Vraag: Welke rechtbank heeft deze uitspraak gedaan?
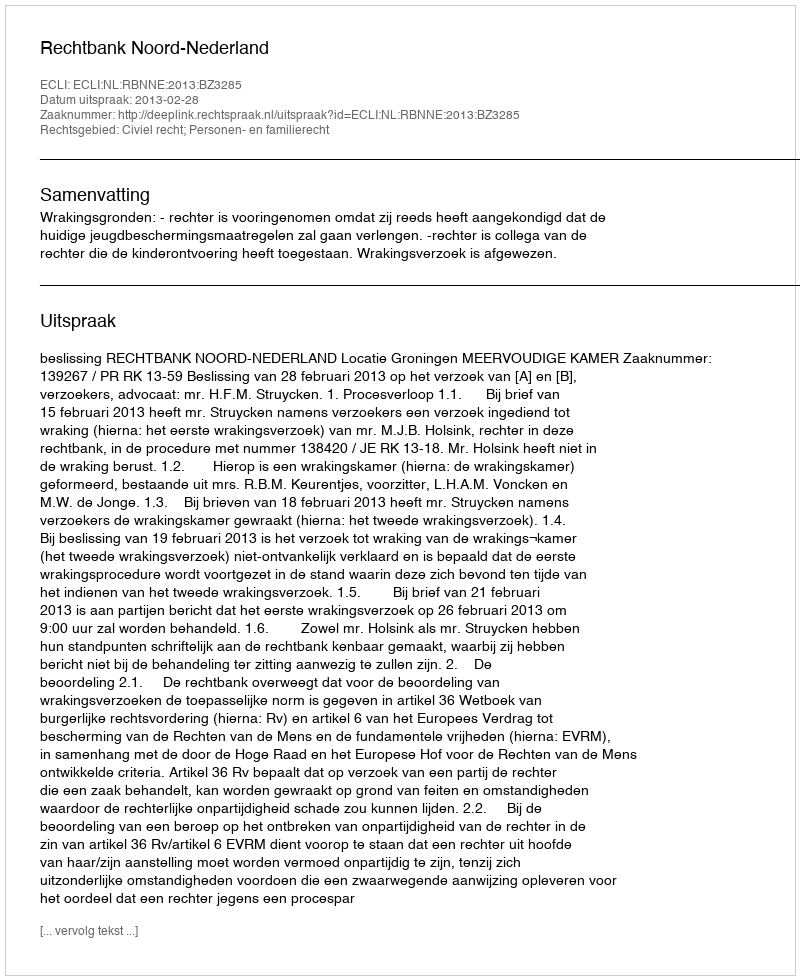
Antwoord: Rechtbank Noord-Nederland